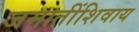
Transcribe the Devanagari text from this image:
जमातींशिवाय